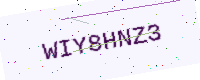
Text: WIY8HNZ3